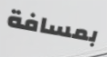
بمسافة